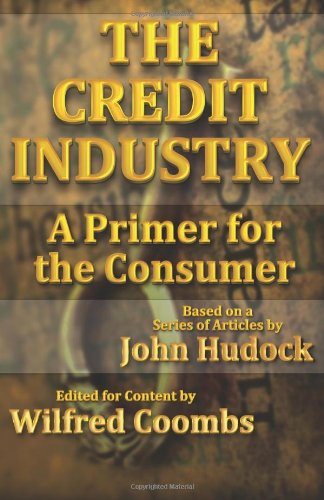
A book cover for The Credit Industry: A Primer for the Consumer; John Hudock; Business & Money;